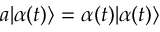
~ a | \alpha ( t ) \rangle = \alpha ( t ) | \alpha ( t ) \rangle